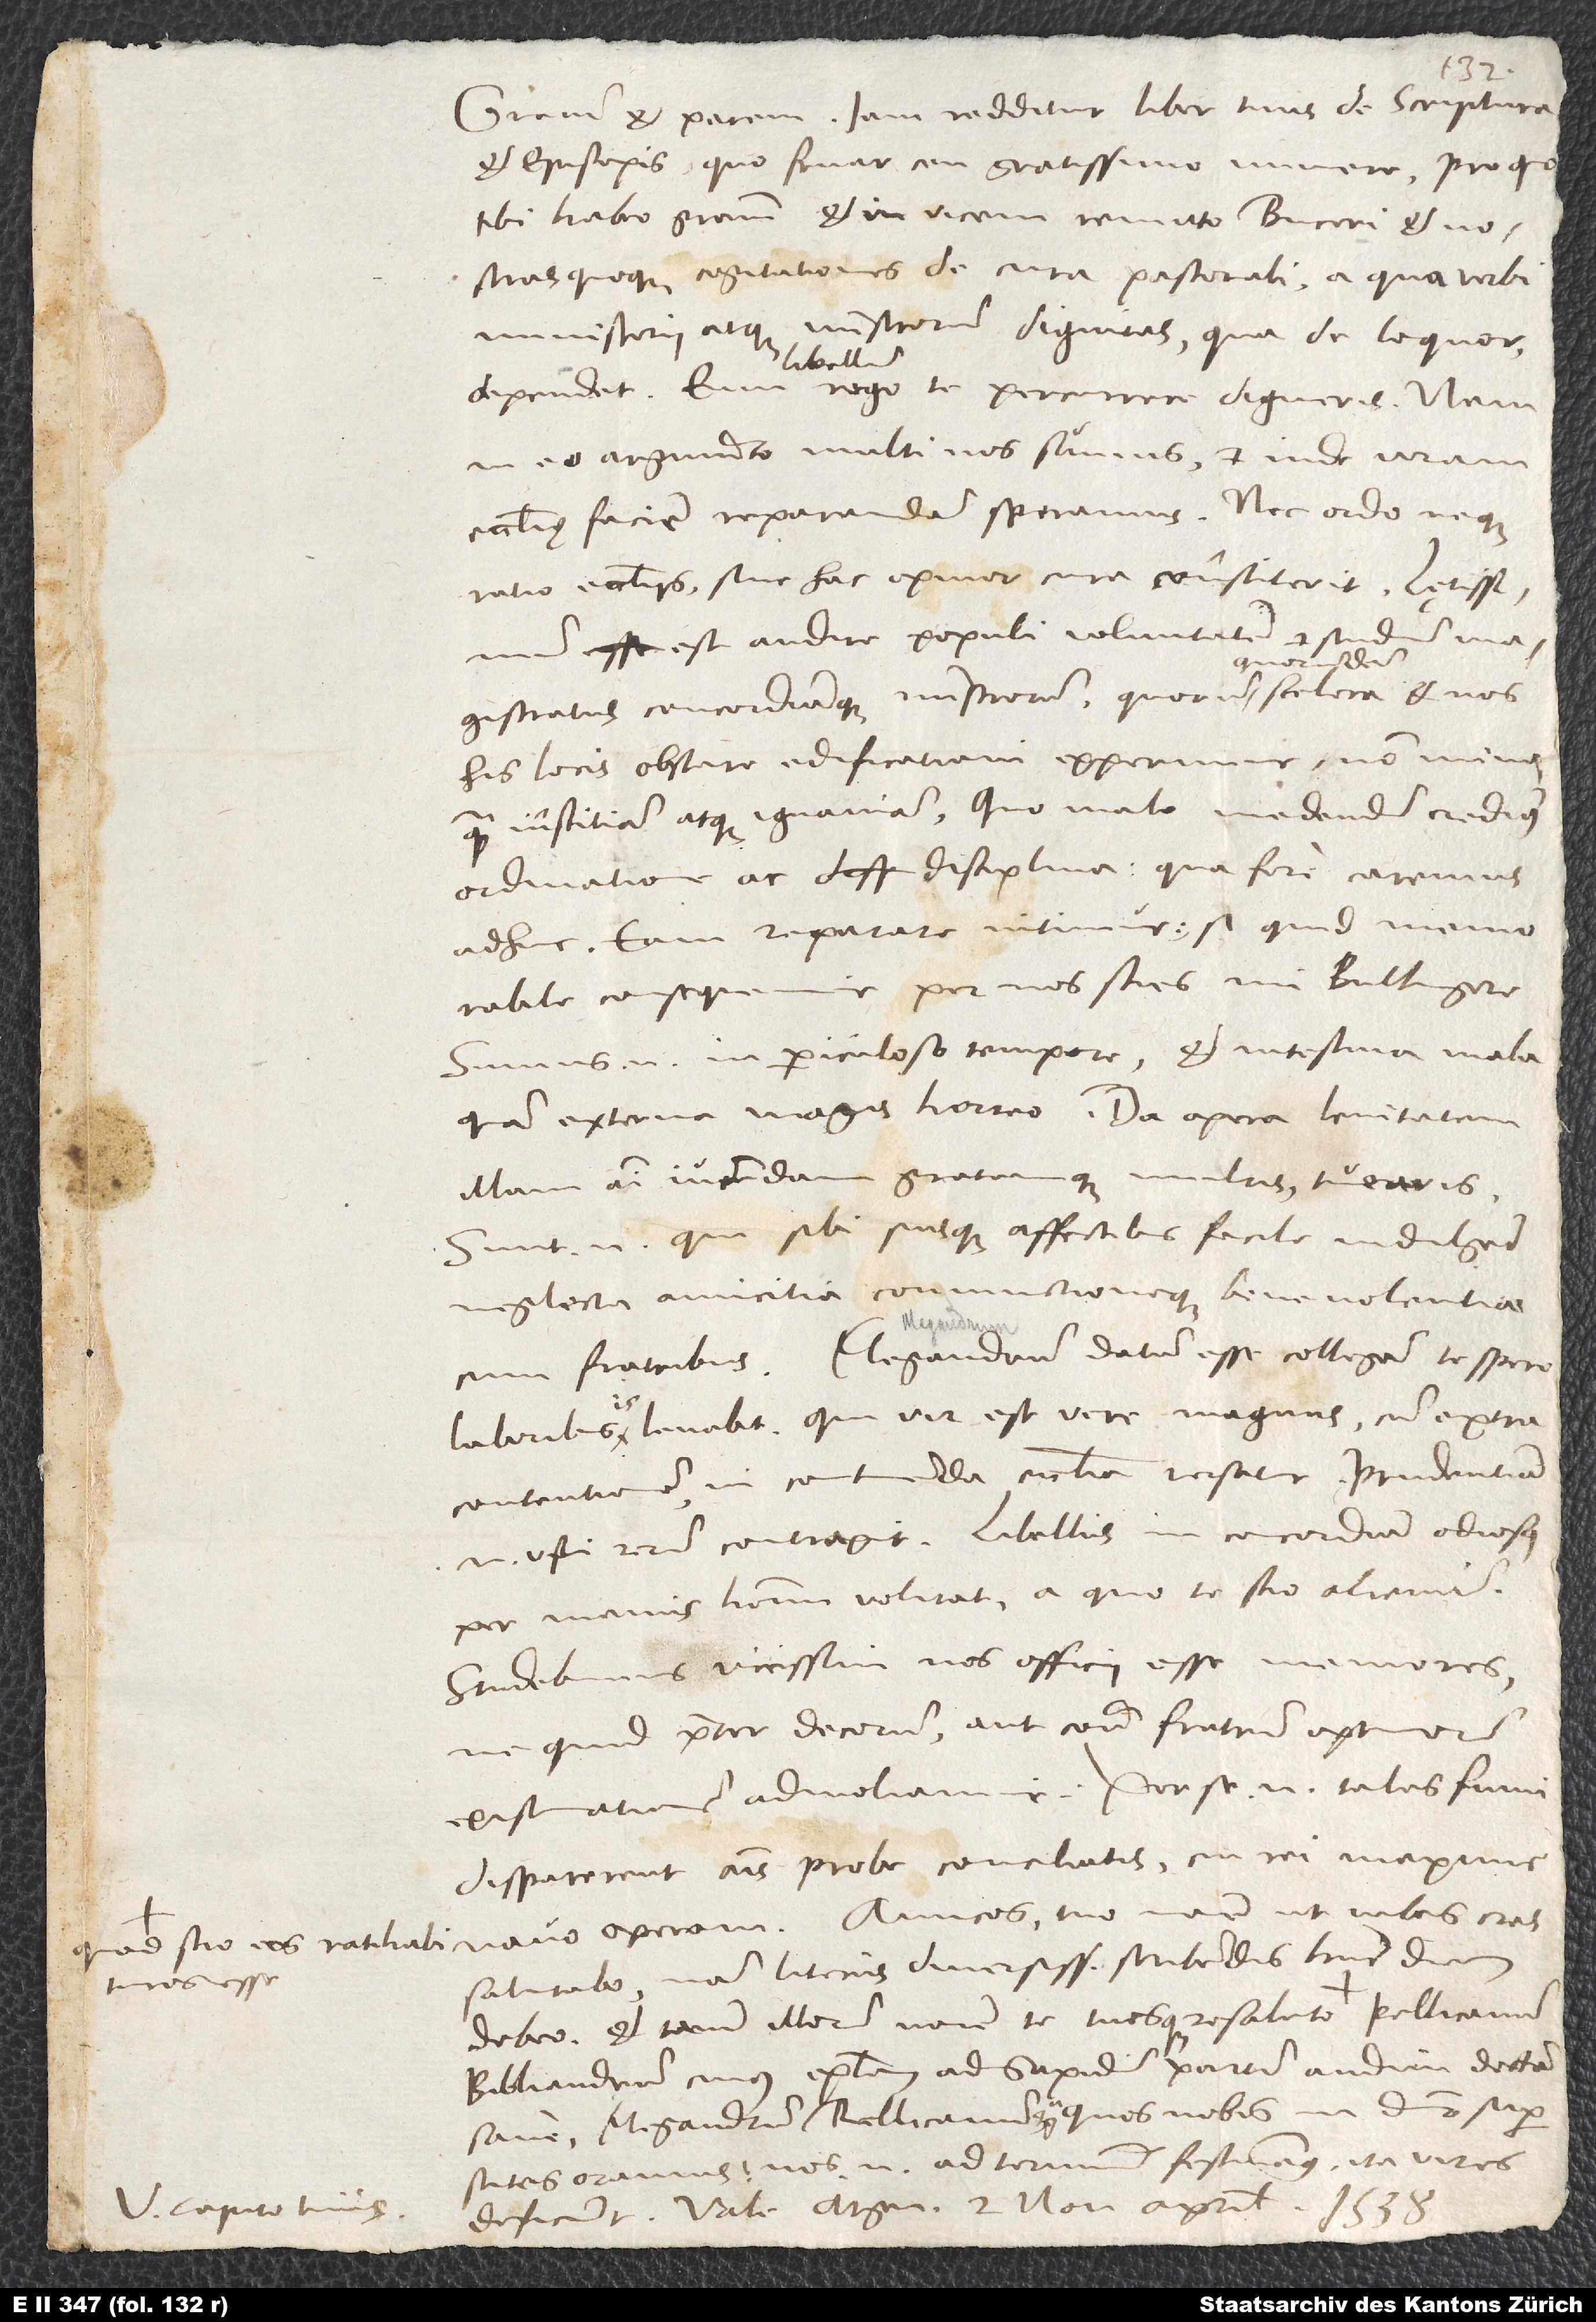
quod scio eos ratihabituros
V. Capito tuus.

Gratiam et pacem. Iam redditur liber tuus de scriptura
et episcopis, quo fruar ceu gratissimo munere, pro quo
tibi habeo gratiam et in vicem remitto Buceri et
nostras quoque cogitationes de cura pastorali, a qua verbi
ministerii atque ministrorum dignitas, qua de loquor,
libellum
eo argumento multi nos sumus et inde veram
ecclesię faciem reparandam speramus. Nec ordo neque
ratio ecclesiis sine hac, opinor, cura constiterit. Lętissimum
est audire populi voluntatem et studium magistratus
his locis obstare edificationi experimur non minus
quam inscitiam atque ignaviam. Quo malo medendum credimus
ordinatione ac disciplina, qua fere caremus
adhuc. Eam reparare nitimur. Si quid memorabile
consequemur, per nos scies, mi Bullingere;
sumus enim in periculoso tempore, et intestina mala
quam externa magis horreo. Da operam, lenitatem
illam animi iucundam gratamque multis tuearis;
sunt enim, qui sibi suisque affectibus facile indulgent
neglecta amicitia coniunctioneque benevolentiae
cum fratribus. Megandrum datum esse collegam, te spero
laboribus is levabit, qui vir est vere magnus, cum extra
contentionem in contuenda ecclesia versatur; prudentiam
enim usu rerum contraxit. Libellus in concordiam odiosus
per manus hominum volitat, a quo te scio alienum.
memores,
Studebimus vicissim nos officii esse
quid praeter decorum aut contra fratrum optimorum
existimationem admoliamur. Per se enim tales fumi
disparerent animis probe conciliatis, cui rei maxime
navo operam. Amicos tuo nomine, ut iubes, cras
salutabo; nam literis diversissimis scribendis hunc diem
Bibliandrum, cuius epistolam ad Sapidum partim audivi doctam
sane, Megandrum, Rellicanum quoque, quos nobis
oramus; nos enim ad terminum festinamus, ita vires
deficiunt. Vale. Argen, 2. nonas aprilis 1538.